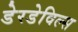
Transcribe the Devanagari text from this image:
डेरडेविल्स